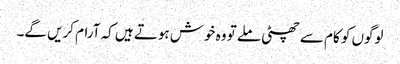
لوگوں کو کام سے چھٹی ملے تو وہ خوش ہوتے ہیں کہ آرام کریں گے۔